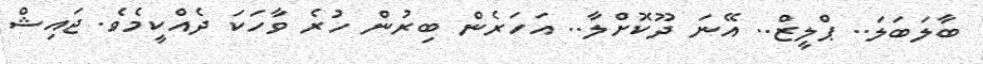
ބާލަބަލަ.. ޕްލީޒް.. އޭނަ ދޫކޮށްލާ.. އަހަރެން ބިރުން ހުރެ ވާހަކަ ދެއްކީމެވެ. ޖައިޝް